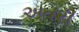
અતરી